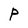
Character: P